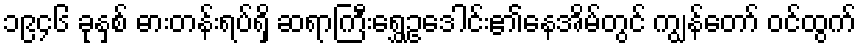
၁၉၄၆ ခုနှစ် ဓားတန်းရပ်ရှိ ဆရာကြီးရွှေဥဒေါင်း၏နေအိမ်တွင် ကျွန်တော် ဝင်ထွက်